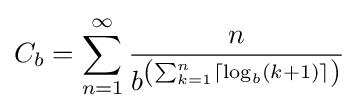
C_{b}=\sum _{n=1}^{\infty }{\frac {n}{b^{\left(\sum _{k=1}^{n}\lceil \log _{b}(k+1)\rceil \right)}}}